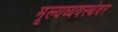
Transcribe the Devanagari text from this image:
मूल्यव्यवस्थेवर